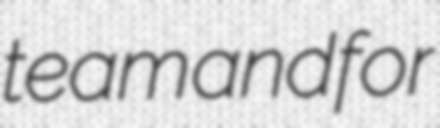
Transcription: team and for